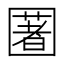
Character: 𡈥